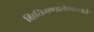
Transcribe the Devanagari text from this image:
क्षितिमण्डलेश्वरशतैः